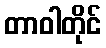
တာဝါတိုင်